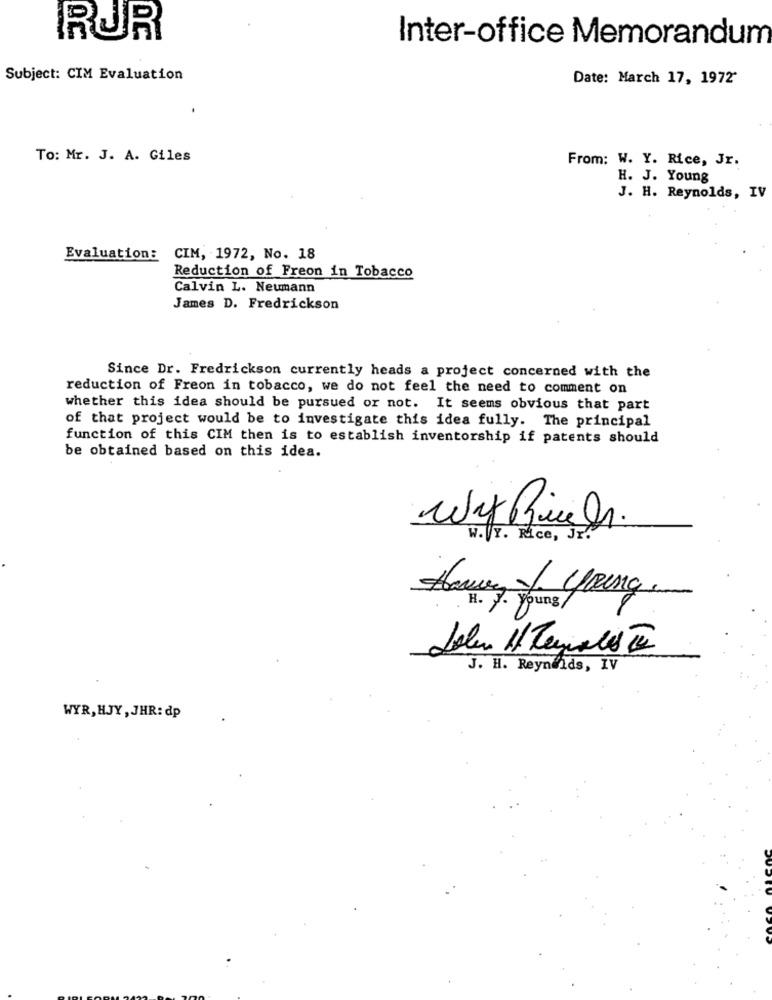
RUR
Inter-office Memorandum
Subject: CIM Evaluation
Date: March 17, 1972'
To: Mr. J. A. Giles
From: W. Y. Rice, Jr.
H. J. Young
J. H. Reynolds, IV
Evaluation: CIM, 1972, No. 18
Reduction of Freon in Tobacco
Calvin L. Neumann
James D. Fredrickson
Since Dr. Fredrickson currently heads a project concerned with the
reduction of Freon in tobacco, we do not feel the need to comment on
whether this idea should be pursued or not. It seems obvious that part
of that project would be to investigate this idea fully. The principal
function of this CIM then is to establish inventorship if patents should
be obtained based on this idea.
Wit Bier.
W.VY. Rice, Jr.
Havey & young.
H. F. Young
Loler 1/ Terra les 10
J. H. Reynolds, IV
WYR, HJY , JHR: dp